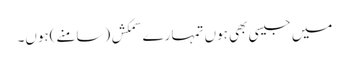
میں جیسی بھی ہوں تمہارے سمکش (سامنے)ہوں۔